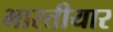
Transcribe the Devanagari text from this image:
भारतीयार